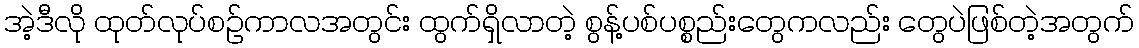
အဲ့ဒီလို ထုတ်လုပ်စဉ်ကာလအတွင်း ထွက်ရှိလာတဲ့ စွန့်ပစ်ပစ္စည်းတွေကလည်း တွေပဲဖြစ်တဲ့အတွက်